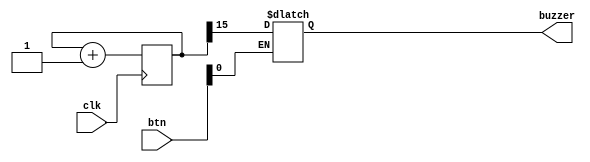
// ffr: Testing speaker

module tes_beep(
  input clk,
  input [4:0] btn,
  output reg buzzer );
  
  // clk 50 MHz PIN_23
  
  // 16bit binary counter
  reg [15:0] counter;
  
  wire btn_inv;
  
  always @(posedge clk) counter <= counter + 1'b1;
  
  // use the most significant bit of the counter to drive
  // the speaker
  assign btn_inv = ~btn[0];
  always @*
  if( btn_inv )
    buzzer = counter[15];

endmodule